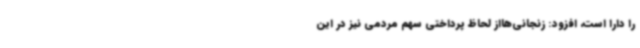
را دارا است، افزود: زنجانی‌هااز لحاظ پرداختی سهم مردمی نیز در این